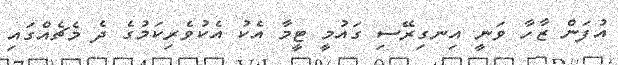
އުފަން ޒާހާ ވަނީ އިނގިރޭސި ގައުމީ ޓީމާ އެކު އެކުވެރިކަމުގެ ދެ މެޗެއްގައި